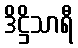
ဒိဋ္ဌိသာရီ